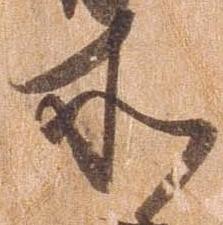
所